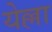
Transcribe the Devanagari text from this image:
येल्ला